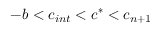
- b < c _ { i n t } < c ^ { * } < c _ { n + 1 }